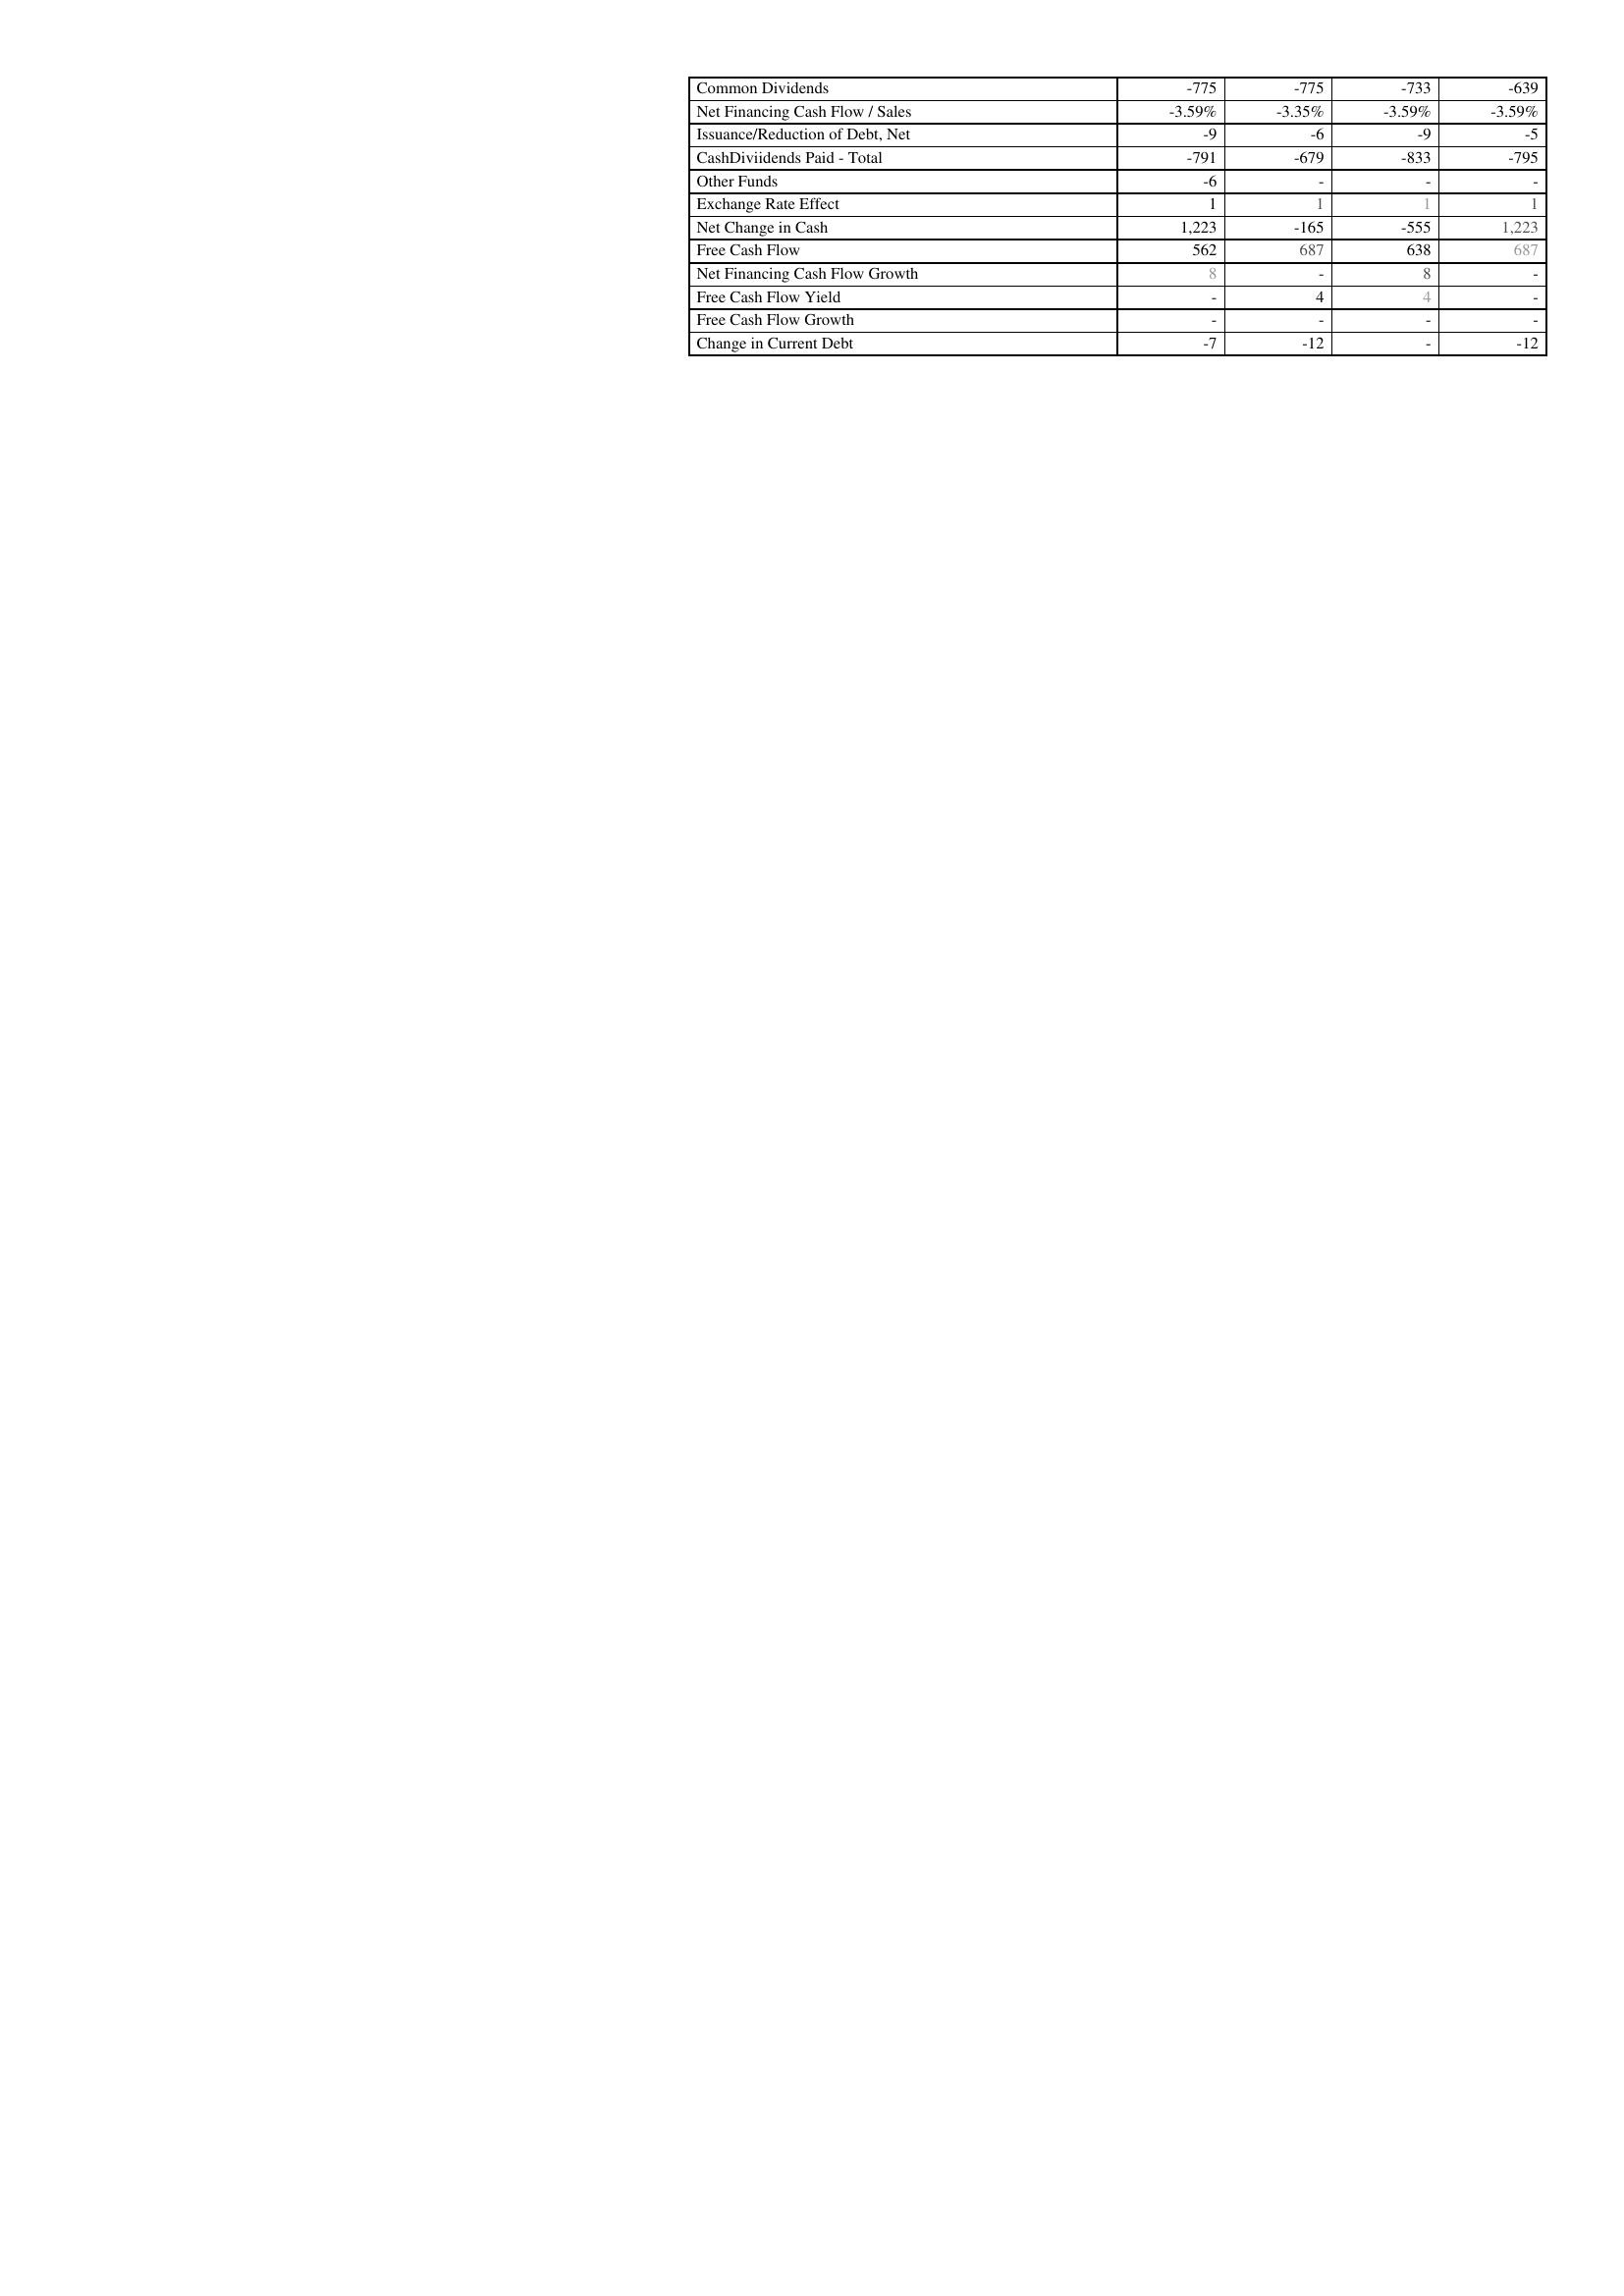
2013: Financing Activities: Common Dividends: -775
Net Financing Cash Flow / Sales: -3.59%
Issuance/Reduction of Debt, Net: -9
CashDiviidends Paid - Total: -791
Other Funds: -6
Exchange Rate Effect: 1
Net Change in Cash: 1,223
Free Cash Flow: 562
Net Financing Cash Flow Growth: 8
Free Cash Flow Yield: -
Free Cash Flow Growth: -
Change in Current Debt: -7
2014: Financing Activities: Common Dividends: -775
Net Financing Cash Flow / Sales: -3.35%
Issuance/Reduction of Debt, Net: -6
CashDiviidends Paid - Total: -679
Other Funds: -
Exchange Rate Effect: 1
Net Change in Cash: -165
Free Cash Flow: 687
Net Financing Cash Flow Growth: -
Free Cash Flow Yield: 4
Free Cash Flow Growth: -
Change in Current Debt: -12
2015: Financing Activities: Common Dividends: -733
Net Financing Cash Flow / Sales: -3.59%
Issuance/Reduction of Debt, Net: -9
CashDiviidends Paid - Total: -833
Other Funds: -
Exchange Rate Effect: 1
Net Change in Cash: -555
Free Cash Flow: 638
Net Financing Cash Flow Growth: 8
Free Cash Flow Yield: 4
Free Cash Flow Growth: -
Change in Current Debt: -
2016: Financing Activities: Common Dividends: -639
Net Financing Cash Flow / Sales: -3.59%
Issuance/Reduction of Debt, Net: -5
CashDiviidends Paid - Total: -795
Other Funds: -
Exchange Rate Effect: 1
Net Change in Cash: 1,223
Free Cash Flow: 687
Net Financing Cash Flow Growth: -
Free Cash Flow Yield: -
Free Cash Flow Growth: -
Change in Current Debt: -12